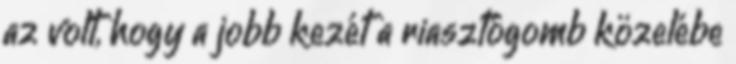
az volt, hogy a jobb kezét a riasztógomb közelébe